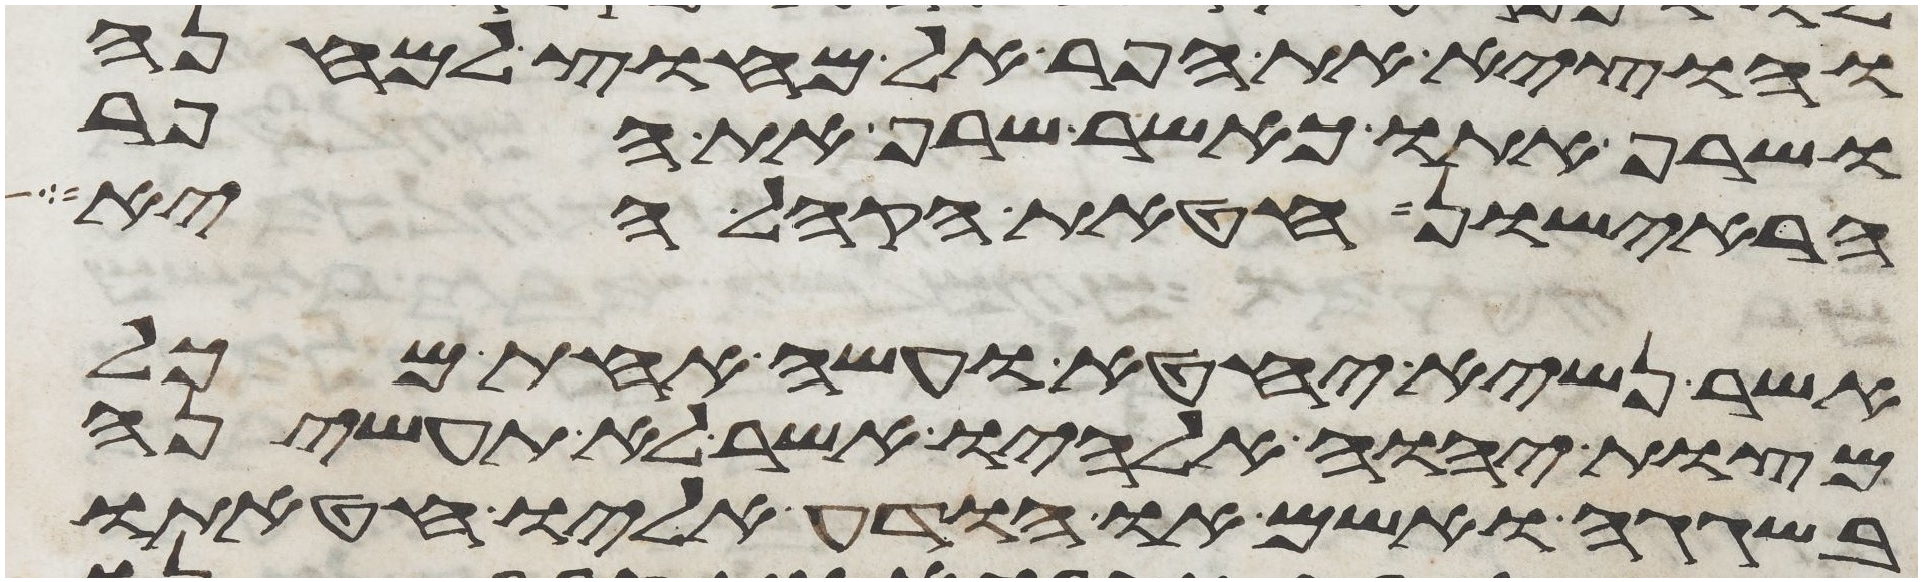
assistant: והוציא את הפר אל מחוץ למחנה
ושרף אתו כאשר שרף את הפר
הראישון חטאת הקהל היא
אשר נשיא יחטא ועשה אחת מכל
מצות יהוה אלהיו אשר לא תעשיהן
בשגגה ואשם או הודע אליו חטאתו